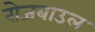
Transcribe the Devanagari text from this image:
रोजबाउल